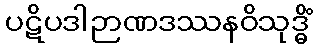
ပဋိပဒါဉာဏဒဿနဝိသုဒ္ဓိံ